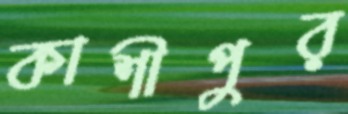
কাশীপুর